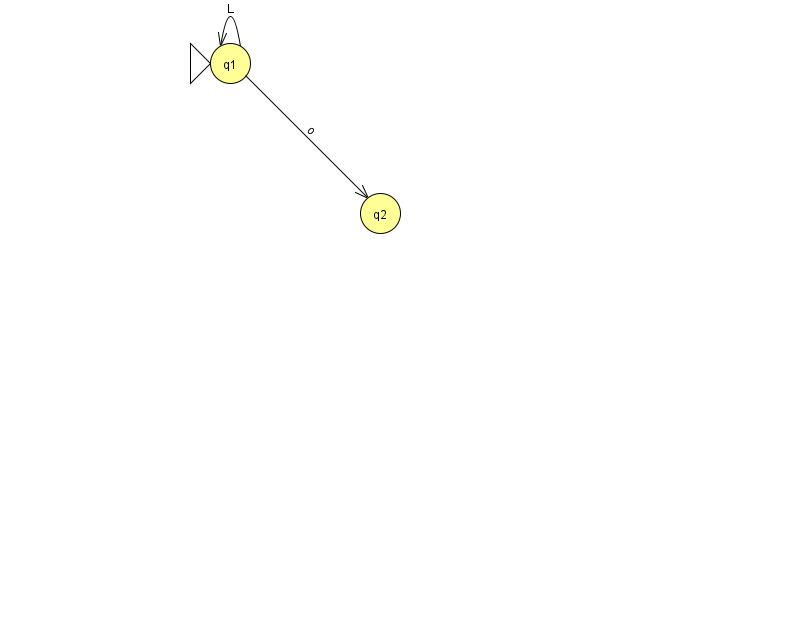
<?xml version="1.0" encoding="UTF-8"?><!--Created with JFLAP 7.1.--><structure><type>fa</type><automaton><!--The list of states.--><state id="1" name="q1"><x>230.0</x><y>50.0</y><initial/></state><state id="2" name="q2"><x>380.0</x><y>200.0</y></state><!--The list of transitions.--><transition><from>1</from><to>2</to><read>o</read></transition><transition><from>1</from><to>1</to><read>L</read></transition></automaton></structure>